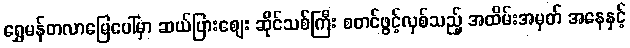
ရွှေမန်တလာမြေပေါ်မှာ ဆယ်ပြားစျေး ဆိုင်သစ်ကြီး စတင်ဖွင့်လှစ်သည့် အထိမ်းအမှတ် အနေနှင့်